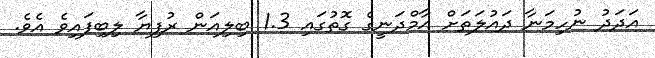
އަދަދު ނުހިމަނާ ދައުލަތަށް އާމްދަނީގެ ގޮތުގައި 1.3 ބިލިއަން ރުފިޔާ ލިބިފައިވެ އެވެ.